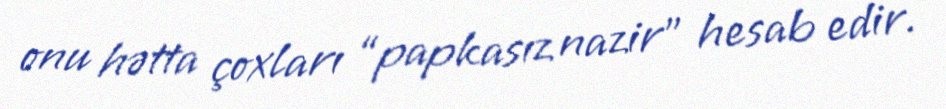
onu hətta çoxları “papkasız nazir” hesab edir.